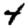
Digit: 4